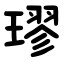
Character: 璆